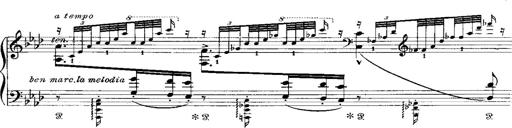
Title: Miserere du Trovatore
Composer: Franz Liszt